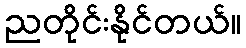
ညတိုင်းနိုင်တယ်။